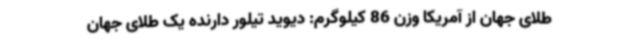
طلای جهان از آمریکا وزن 86 کیلوگرم: دیوید تیلور دارنده یک طلای جهان